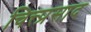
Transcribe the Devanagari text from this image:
चित्त्प्रसाद